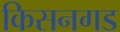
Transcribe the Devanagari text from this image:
किसनगड